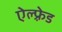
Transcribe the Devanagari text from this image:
ऐल्फ़्रेड